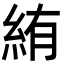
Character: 絠